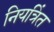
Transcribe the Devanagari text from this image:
नियत्रिंत